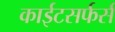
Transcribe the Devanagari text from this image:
काईटसर्फर्स